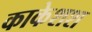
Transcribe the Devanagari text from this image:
काकेशश